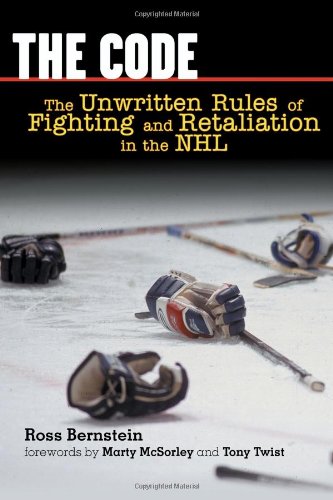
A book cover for The Code: The Unwritten Rules of Fighting and Retaliation in the NHL; Ross Bernstein; Sports & Outdoors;